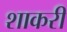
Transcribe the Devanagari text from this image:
शाकरी